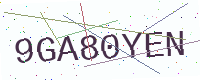
Text: 9GA80YEN